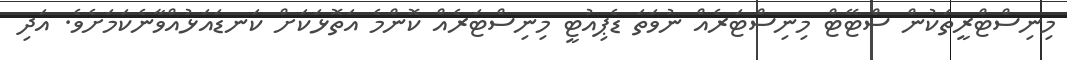
މިނިސްޓްރީތަކުން ސްޓޭޓް މިނިސްޓަރެއް ނުވަތަ ޑެޕިއުޓީ މިނިސްޓަރެއް ކޮންމެ އަތޮޅަކަށް ކަނޑައަޅުއްވާނެކަމަށެވެ. އަދި